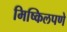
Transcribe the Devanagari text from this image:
मिष्किलपणे